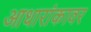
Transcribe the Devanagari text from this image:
आधारांकावर